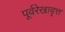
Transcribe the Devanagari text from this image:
पूर्वरेखावृत्त